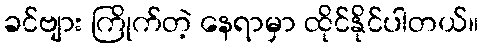
ခင်ဗျား ကြိုက်တဲ့ နေရာမှာ ထိုင်နိုင်ပါတယ်။